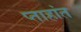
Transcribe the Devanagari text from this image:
प्ताहांत